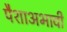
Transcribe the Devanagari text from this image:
पैशाअभावी